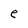
Character: e